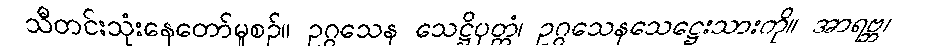
သီတင်းသုံးနေတော်မူစဉ်။ ဥဂ္ဂသေန သေဋ္ဌိပုတ္တံ၊ ဥဂ္ဂသေနသေဋ္ဌေးသားကို။ အာရဗ္ဘ၊